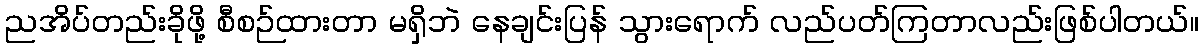
ညအိပ်တည်းခိုဖို့ စီစဉ်ထားတာ မရှိဘဲ နေချင်းပြန် သွားရောက် လည်ပတ်ကြတာလည်းဖြစ်ပါတယ်။